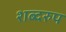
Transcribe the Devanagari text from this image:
शब्दरुप